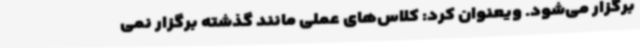
برگزار می‌شود. ویعنوان کرد: کلاس‌های عملی مانند گذشته برگزار نمی‌